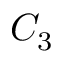
C _ { 3 }